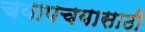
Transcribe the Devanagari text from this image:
चयापचयासाठी